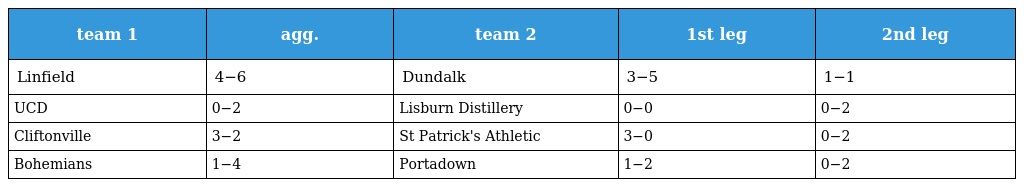
| team 1 | agg. | team 2 | 1st leg | 2nd leg |
 | --- | --- | --- | --- | --- |
 | Linfield | 4−6 | Dundalk | 3−5 | 1−1 |
 | UCD | 0−2 | Lisburn Distillery | 0−0 | 0−2 |
 | Cliftonville | 3−2 | St Patrick's Athletic | 3−0 | 0−2 |
 | Bohemians | 1−4 | Portadown | 1−2 | 0−2 |